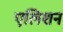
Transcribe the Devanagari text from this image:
एलिशन